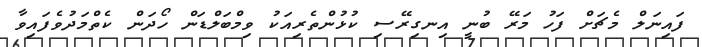
ފައިނަލް މެޗަށް ފަހު މަރޭ ބުނީ އިނގިރޭސި ކުޅުންތެރިއަކު ވިމްބަލްޑަން ހޯދަން ކެތްމަދުވެފައިވާ